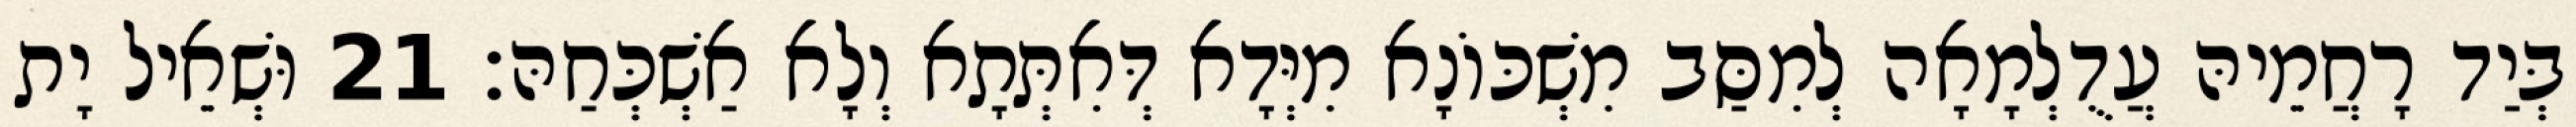
בְּיַד רָחֲמֵיהּ עֲדֻלְמָאָה לְמִסַּב מִשְׁכּוֹנָא מִיְּדָא דְּאִתְּתָא וְלָא אַשְׁכְּחַהּ׃ 21 וּשְׁאֵיל יָת